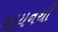
ગાયનથી